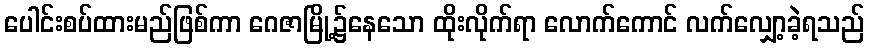
ပေါင်းစပ်ထားမည်ဖြစ်ကာ ဂေဇာမြို့၌နေသော ထိုးလိုက်ရာ လောက်ကောင် လက်လျှော့ခဲ့ရသည်